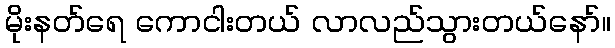
မိုးနတ်ရေ ကောငါးတယ် လာလည်သွားတယ်နော်။